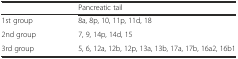
<table><thead><tr><td></td><td><b>Pancreatic tail</b></td></tr></thead><tbody><tr><td>1st group</td><td>8a, 8p, 10, 11p, 11d, 18</td></tr><tr><td>2nd group</td><td>7, 9, 14p, 14d, 15</td></tr><tr><td>3rd group</td><td>5, 6, 12a, 12b, 12p, 13a, 13b, 17a, 17b, 16a2, 16b1</td></tr></tbody></table>